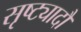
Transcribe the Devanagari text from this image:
सृष्ट्यादौ